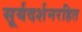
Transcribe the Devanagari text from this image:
सूर्यदर्शनरहित